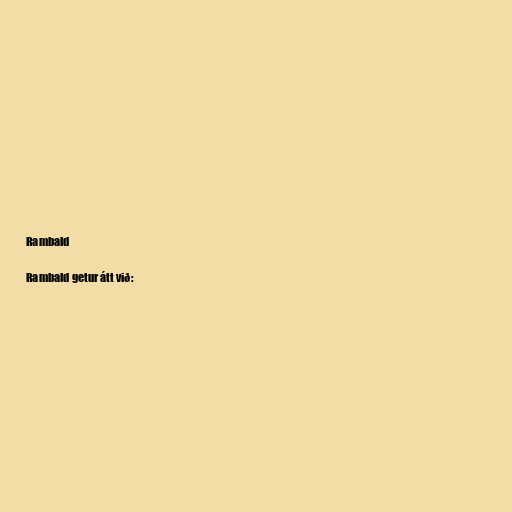
Rambald

Rambald getur átt við: